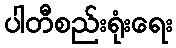
ပါတီစည်းရုံးရေး